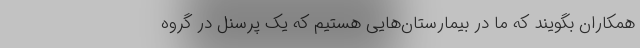
همکاران بگویند که ما در بیمارستان‌هایی هستیم که یک پرسنل در گروه